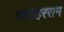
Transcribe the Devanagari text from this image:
मनोहरराम